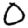
Digit: 0